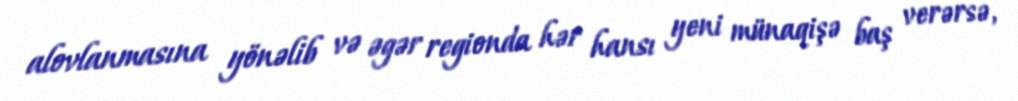
alovlanmasına yönəlib və əgər regionda hər hansı yeni münaqişə baş verərsə,